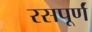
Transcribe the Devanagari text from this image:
रसपूर्णं